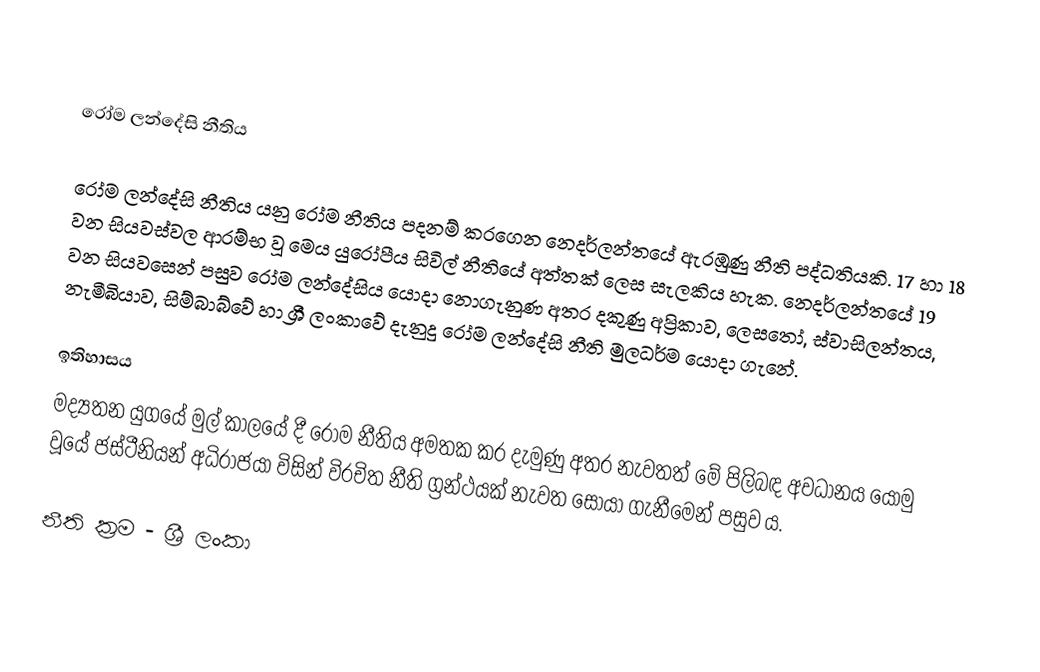

රෝම ලන්දේසි නීතිය

රෝම ලන්දේසි නීතිය යනු රෝම නීතිය පදනම් කරගෙන නෙදර්ලන්තයේ ඇරඹුණු නීති පද්ධතියකි. 17 හා 18 වන සියවස්වල ආරම්භ වූ මෙය යුරෝපීය සිවිල් නීතියේ අත්තක් ලෙස සැලකිය හැක. නෙදර්ලන්තයේ 19 වන සියවසෙන් පසුව රෝම ලන්දේසිය යොදා නොගැනුණ අතර දකුණු අප්‍රිකාව, ලෙසතෝ, ස්වාසිලන්තය, නැමීබියාව, සිම්බාබ්වේ හා ශ්‍රී ලංකාවේ දැනුදු රෝම ලන්දේසි නීති මුලධර්ම යොදා ගැනේ.

ඉතිහාසය
මද්‍යතන යුගයේ මුල් කාලයේ දී රෝම නීතිය අමතක කර දැමුණු අතර නැවතත් මේ පිලිබඳ අවධානය යොමු වූයේ ජස්ටීනියන් අධිරාජයා විසින් විරචිත නීති ග්‍රන්ථයක් නැවත සොයා ගැනීමෙන් පසුව ය.

නීති ක්‍රම - ශ්‍රී ලංකා